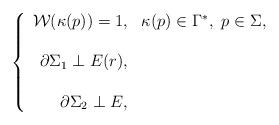
LaTeX: \begin{align*}\left\{\begin{array}{rl}\mathcal W (\kappa(p))= 1,& \kappa (p)\in\Gamma ^*, \, \, p\in \Sigma,\\ \\ \partial \Sigma _1 \perp E(r) ,\\ \\\partial \Sigma _2 \perp E ,\end{array} \right. \end{align*}